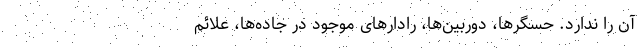
آن را ندارد. حسگرها، دوربین‌ها، رادارهای موجود در جاده‌ها، علائم